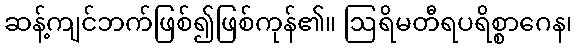
ဆန့်ကျင်ဘက်ဖြစ်၍ဖြစ်ကုန်၏။ ဩရိမတီရပရိစ္စာဂေန၊